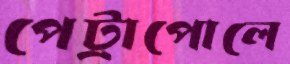
পেট্রাপোলে